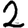
Digit: 2